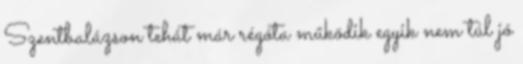
Szentbalázson tehát már régóta működik egyik nem túl jó